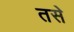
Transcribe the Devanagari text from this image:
तसेे